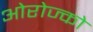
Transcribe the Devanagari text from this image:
ओरोज्को